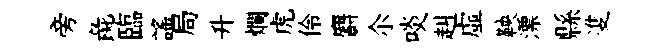
旁彘臨謡局升爛虎伶麝尒啖赳虛鞅漂縣㕠